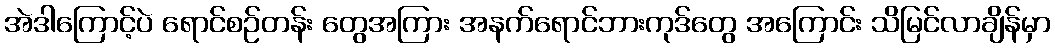
အဲဒါကြောင့်ပဲ ရောင်စဉ်တန်း တွေအကြား အနက်ရောင်ဘားကုဒ်တွေ အကြောင်း သိမြင်လာချိန်မှာ